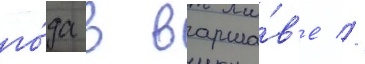
го́да в варша́в'е //